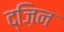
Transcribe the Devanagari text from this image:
द्ज़िन